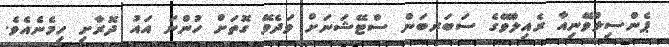
ޕެންސިލްވޭނިއާ ރެއިލްވޭގެ ސަބަރބަން ސްޓޭޝަނަށް ވަދެވޭ ގޮތަށް ހުންނަ އައު ދޮރާށި ހިމެނެއެވެ.